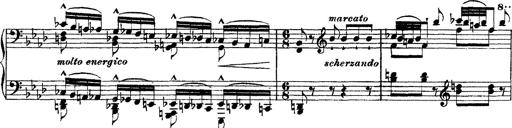
Title: Ã‰tudes d'exÃ©cution transcendante d'aprÃ¨s Paganini
Composer: Franz Liszt